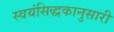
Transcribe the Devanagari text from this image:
स्वयंसिद्धकानुसारी